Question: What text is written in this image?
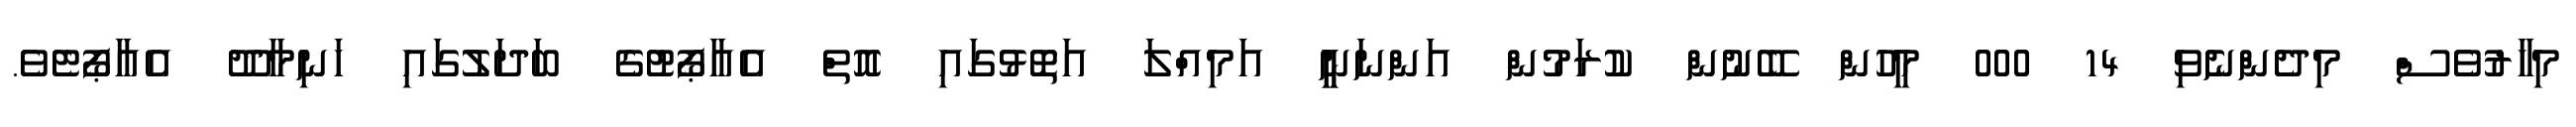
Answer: މިހާރުވެސް މިދެންނެވި 14 000 މީހުން ބޭނުން ކުރަމުން އަންނަނީީ އަމިއްލަ އަތޮޅުގައި އޮތް އެއާޕޯޓުގެ ބަދަލުގައި ހަނިމާދޫ އެއާޕޯޓެވެ.